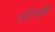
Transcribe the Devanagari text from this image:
८६०३अ